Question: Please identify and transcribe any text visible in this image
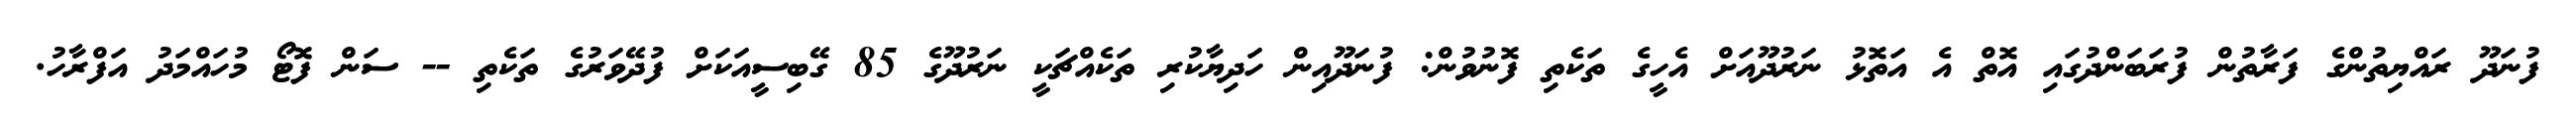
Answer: ފުނަދޫ ރައްޔިތުންގެ ފަރާތުން ފުރަބަންދުގައި އޮތް އެ އަތޮޅު ނަރުދޫއަށް އެހީގެ ތަކެތި ފޮނުވުން: ފުނަދޫއިން ހަދިޔާކުރި ތަކެއްޗަކީ ނަރުދޫގެ 85 ގޭބިސީއަކަށް ފުދޭވަރުގެ ތަކެތި -- ސަން ފޮޓޯ މުހައްމަދު އަފްރާހު.